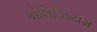
કોલિઝિયમ